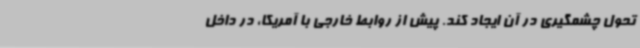
تحول چشمگیری در آن ایجاد کند. پیش از روابط خارجی با آمریکا، در داخل